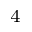
_ 4